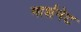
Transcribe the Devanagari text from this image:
मार्शनेट